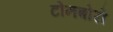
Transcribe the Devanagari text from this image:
टोनबोरो